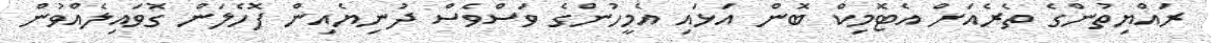
ރައްޔިތުންގެ ތެރެއަށް އެޓޮމިކް ބޮން އަޅައި އެމީހުންގެ ވަސްވެސް ދުނިޔެއިން ފޮހެލަން ގޮވައިލެއްވުން